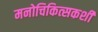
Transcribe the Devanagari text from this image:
मनोचिकित्सकशी